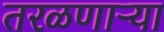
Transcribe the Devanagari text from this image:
तरळणाऱ्या